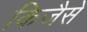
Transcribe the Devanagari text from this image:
किजैसे